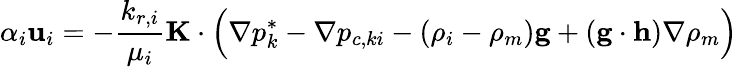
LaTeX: \alpha_{i}\mathbf{u}_{i}=-\frac{k_{r,i}}{\mu_{i}}\mathbf{K}\cdot\Big(\nabla p_{k}^{*}-\nabla p_{c,ki}-(\rho_{i}-\rho_{m})\mathbf{g}+(\mathbf{g}\cdot\mathbf{h})\nabla\rho_{m}\Big)